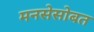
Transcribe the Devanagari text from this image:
मनसेसोबत